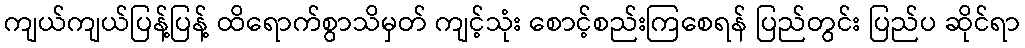
ကျယ်ကျယ်ပြန့်ပြန့် ထိရောက်စွာသိမှတ် ကျင့်သုံး စောင့်စည်းကြစေရန် ပြည်တွင်း ပြည်ပ ဆိုင်ရာ